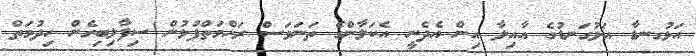
އަޅުގނޑާ އަޅުގަނޑުގެ އާއިލާ އިން އެދެނީ އެކަލާންގެ ތަނަވަސް ރަހްމަތްފުޅުން ސިފާލިބިގެން ހިދުމަތް